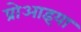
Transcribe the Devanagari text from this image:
प्रोआइया